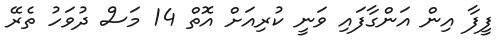
ފީފާ އިން އަންގާފައި ވަނީ ކުރިއަށް އޮތް 14 މަސް ދުވަހު ތެރޭ